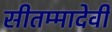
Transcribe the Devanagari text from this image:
सीतम्मादेवी